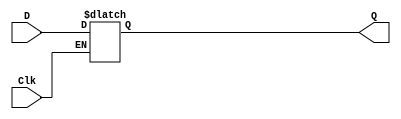
module D_Latch (input D, Clk, output reg Q);

    always @(D, Clk)
    begin
        if(Clk)
            Q <= D;
    end

endmodule